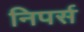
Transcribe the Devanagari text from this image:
निपर्स